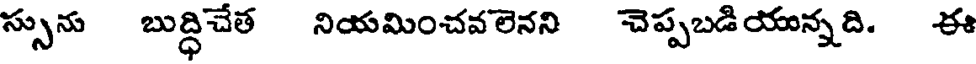
స్సును బుద్ధిచేత నియమించవలెనని చెప్పబడియున్నది. ఈ